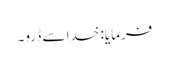
فرمایا: خدا سے ڈرو۔